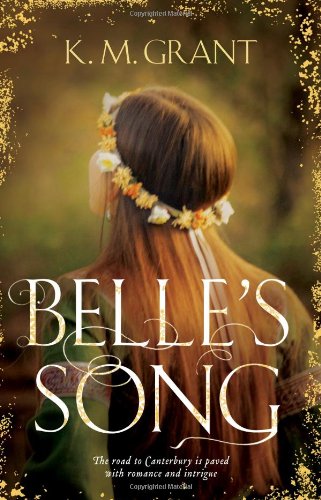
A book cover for Belle's Song; K. M. Grant; Teen & Young Adult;